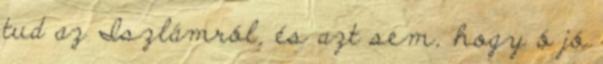
tud az Iszlámról, és azt sem, hogy ó jó